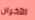
الآخران